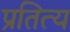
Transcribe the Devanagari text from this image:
प्रतित्य